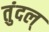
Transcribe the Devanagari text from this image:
तुंदल्